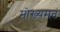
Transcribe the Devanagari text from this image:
मोख्यमतं